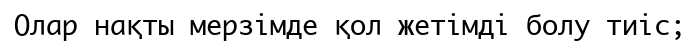
Олар нақты мерзімде қол жетімді болу тиіс;